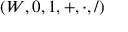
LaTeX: ( W , 0 , 1 , + , \cdot , / )